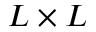
L \times L